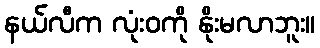
နယ်လီက လုံးဝကို နိုးမလာဘူး။